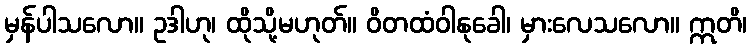
မှန်ပါသလော။ ဥဒါဟု၊ ထိုသို့မဟုတ်။ ဝိတထံဝါနုခေါ၊ မှားလေသလော။ ဣတိ၊